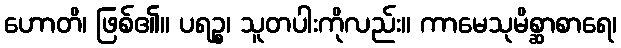
ဟောတိ၊ ဖြစ်၏။ ပရဉ္စ၊ သူတပါးကိုလည်း။ ကာမေသုမိစ္ဆာစာရေ၊